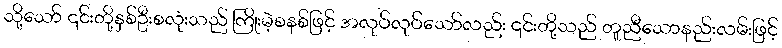
သို့သော် ၎င်းတို့နှစ်ဦးစလုံးသည် ကြိုးမဲ့စနစ်ဖြင့် အလုပ်လုပ်သော်လည်း ၎င်းတို့သည် တူညီသောနည်းလမ်းဖြင့်